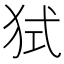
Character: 𤞔